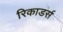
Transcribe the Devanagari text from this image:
रिकाडर्स